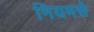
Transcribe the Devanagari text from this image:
नियमसे